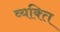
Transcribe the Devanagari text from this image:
व्‍यक्त्‍िा